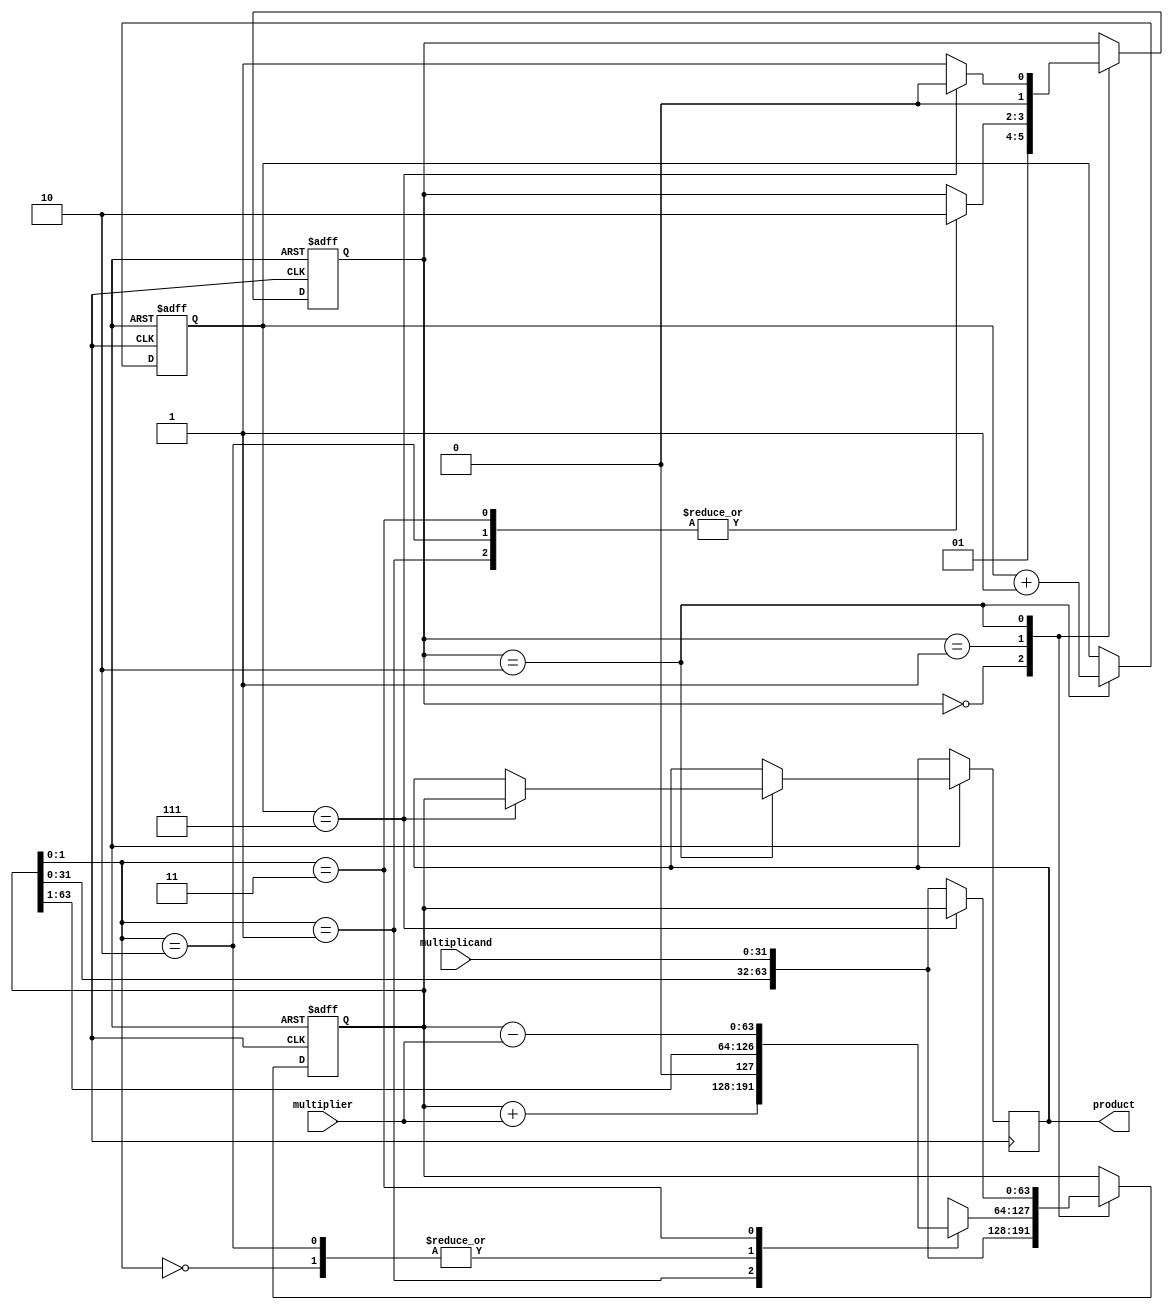
module Booth_Multiplier (
    input wire [31:0] multiplicand,
    input wire [31:0] multiplier,
    output reg [63:0] product
);

reg [63:0] accumulator;
reg [6:0] count;
reg [1:0] control;

always @(posedge clk or negedge rst_n) begin
    if (~rst_n) begin
        accumulator <= 64'b0;
        count <= 7'b0;
        control <= 2'b0;
    end else begin
        case (control)
            2'b00: begin
                accumulator <= {accumulator[31:0], multiplicand};
                control <= 2'b01;
            end
            2'b01: begin
                case (accumulator[1:0])
                    2'b00: accumulator <= accumulator >> 1;
                    2'b01: begin
                        accumulator <= accumulator + multiplier;
                        control <= 2'b10;
                    end
                    2'b10: begin
                        accumulator <= accumulator >> 1;
                        control <= 2'b10;
                    end
                    2'b11: begin
                        accumulator <= accumulator - multiplier;
                        control <= 2'b10;
                    end
                endcase
            end
            2'b10: begin
                count <= count + 1;
                if (count == 7) begin
                    product <= accumulator;
                    control <= 2'b0;
                end else begin
                    accumulator <= {accumulator[31:0], multiplicand};
                    control <= 2'b01;
                end
            end
        endcase
    end
end

endmodule